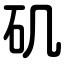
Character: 矶